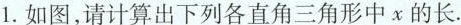
1.如图，请计算出下列各直角三角形中χ的长。